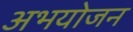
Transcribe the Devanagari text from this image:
अभयोजन